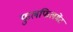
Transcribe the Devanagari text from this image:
फुलफिलमेंट